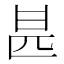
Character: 𠥄